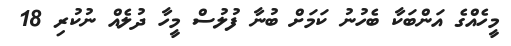
މީހެއްގެ އަންބަކާ ބެހުނު ކަމަށް ބުނާ ފުލުސް މީހާ ދުލެއް ނުކުރި 18